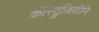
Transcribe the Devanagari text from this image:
कॉस्ट्रुज़ियोनि